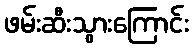
ဖမ်းဆီးသွားကြောင်း